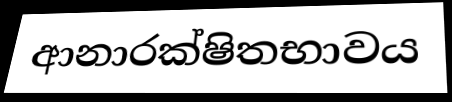
ආනාරක්ෂිතභාවය